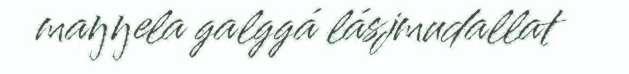
maŋŋela galggá lásjmudallat